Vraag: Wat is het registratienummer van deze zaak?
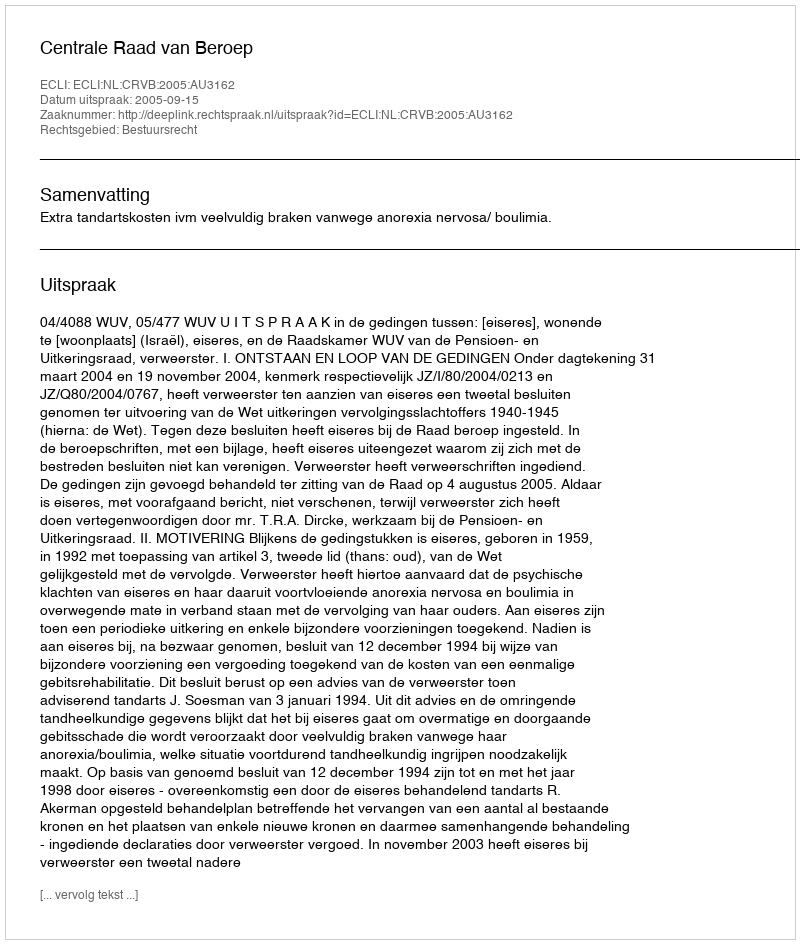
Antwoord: http://deeplink.rechtspraak.nl/uitspraak?id=ECLI:NL:CRVB:2005:AU3162